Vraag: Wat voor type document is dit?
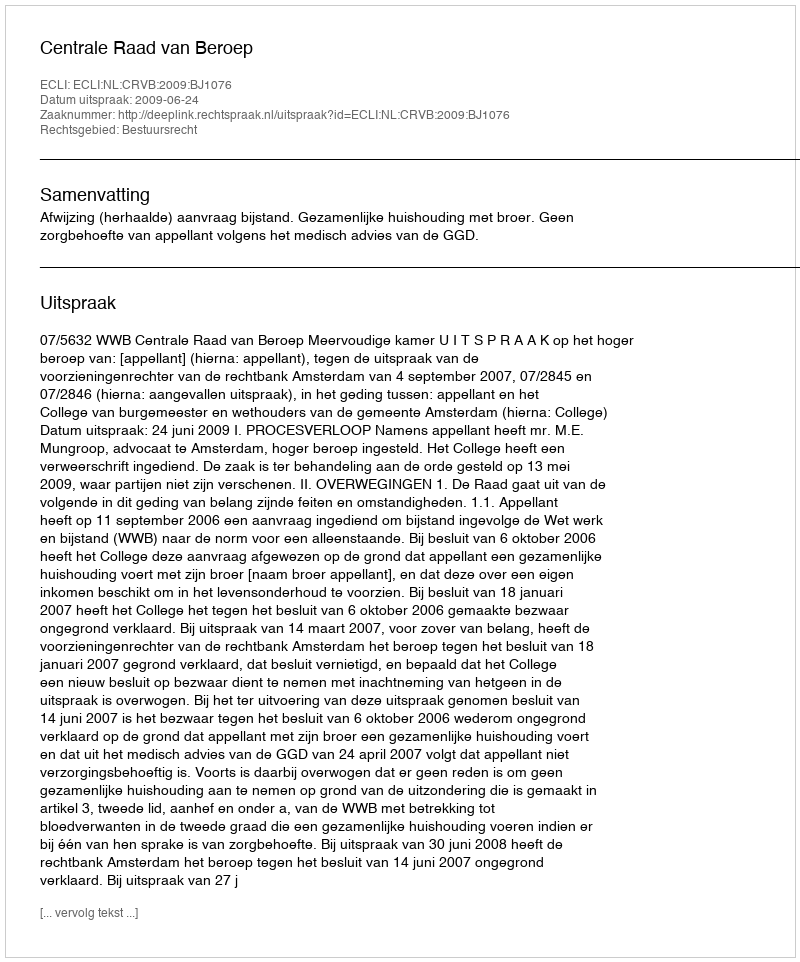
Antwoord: Uitspraak